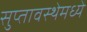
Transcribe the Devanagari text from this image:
सुप्‍तावस्थेमध्ये